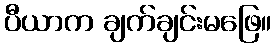
ပီယာက ချက်ချင်းမဖြေ။